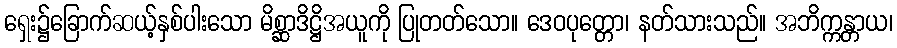
ရှေး၌ခြောက်ဆယ့်နှစ်ပါးသော မိစ္ဆာဒိဋ္ဌိအယူကို ပြုတတ်သော။ ဒေဝပုတ္တော၊ နတ်သားသည်။ အဘိက္ကန္တာယ၊